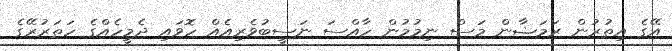
އޭގެ އިތުރުން ރަމަޟާން މަސް ނިމުމުން ހާއްސަ ނަސީބުވެރިއެއް ހޮވައި ދެމީހެއްގެ ހަތަރުރޭގެ